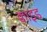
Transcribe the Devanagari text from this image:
क्वाइड